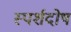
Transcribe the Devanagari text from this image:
स्पर्शदोष